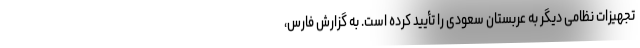
تجهیزات نظامی دیگر به عربستان سعودی را تأیید کرده است. به گزارش فارس،